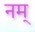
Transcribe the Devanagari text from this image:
नम्‌